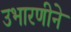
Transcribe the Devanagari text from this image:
उभारणीने